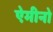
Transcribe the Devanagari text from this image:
ऐमीनो